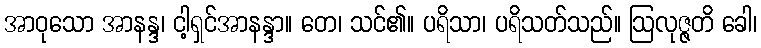
အာဝုသော အာနန္ဒ၊ ငါ့ရှင်အာနန္ဒာ။ တေ၊ သင်၏။ ပရိသာ၊ ပရိသတ်သည်။ ဩလုဇ္ဇတိ ခေါ၊